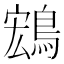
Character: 𬷚